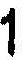
1